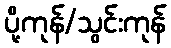
ပို့ကုန်/သွင်းကုန်